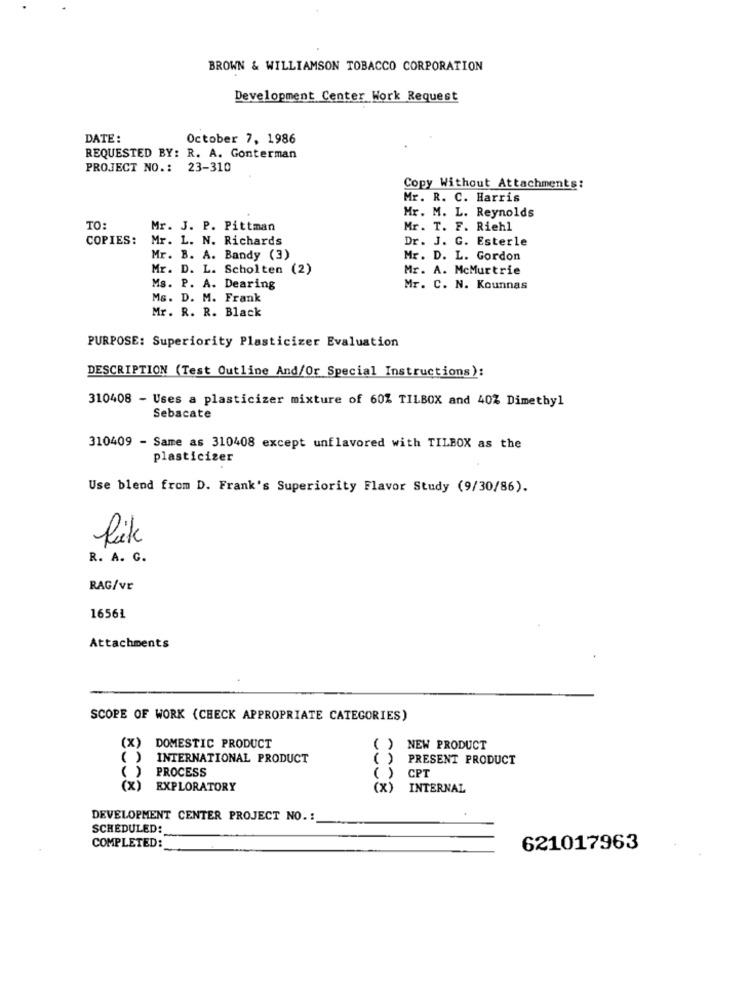
BROWN & WILLIAMSON TOBACCO CORPORATION
Development Center Work Request
DATE:
October 7, 1986
REQUESTED BY: R. A. Gonterman
PROJECT NO .: 23-310
Copy Without Attachments:
Mr. R. C. Harris
Mr. M. L. Reynolds
TO:
Mr. J. P. Pittman
Mr. T. F. Riehl
COPIES:
Mr. L. N. Richards
Dr. J. G. Esterle
Mr. B. A. Bandy (3)
Mr. D. L. Gordon
Mr. D. L. Scholten (2)
Mr. A. McMurtrie
Ms. P. A. Dearing
Mr. C. N. Kounnas
Ms. D. M. Frank
Mr. R. R. Black
PURPOSE: Superiority Plasticizer Evaluation
DESCRIPTION (Test Outline And/Or Special Instructions):
310408 - Uses a plasticizer mixture of 60% TILBOX and 40% Dimethyl
Sebacate
310409 - Same as 310408 except unflavored with TILBOX as the
plasticizer
Use blend from D. Frank's Superiority Flavor Study (9/30/86).
R. A. G.
RAG/vr
16561
Attachments
SCOPE OF WORK (CHECK APPROPRIATE CATEGORIES)
(x)
DOMESTIC PRODUCT
( ) NEW PRODUCT
( )
INTERNATIONAL PRODUCT
( )
PRESENT PRODUCT
()
PROCESS
()
CPT
(X)
EXPLORATORY
(X) INTERNAL
DEVELOPMENT CENTER PROJECT NO. :
SCHEDULED:
COMPLETED :_
621017963